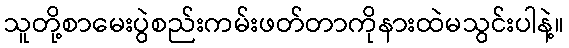
သူတို့စာမေးပွဲစည်းကမ်းဖတ်တာကိုနားထဲမသွင်းပါနဲ့။